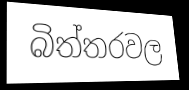
බිත්තරවල